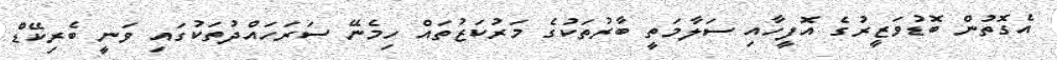
އެގޮތުން ބޮޑުވަޒީރުގެ އޮފީހާއި ސަލާމަތީ ބާރުތަކުގެ މަރުކަޒުތައް ހިމެނޭ ސަރަހައްދުތަކުގައި ވަނީ ބެރިކޭޑް